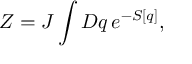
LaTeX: Z = { \cal J } \int { \cal D } q \, e ^ { - S [ q ] } ,